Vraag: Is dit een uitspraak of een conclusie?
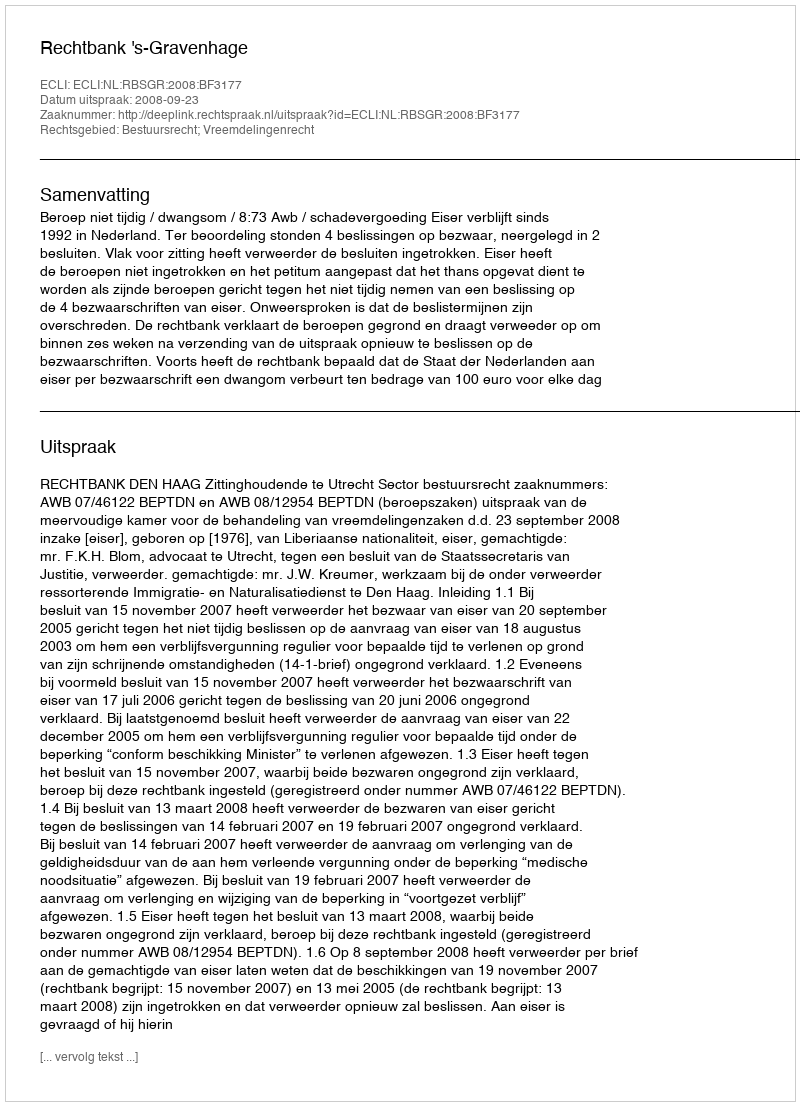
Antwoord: Uitspraak